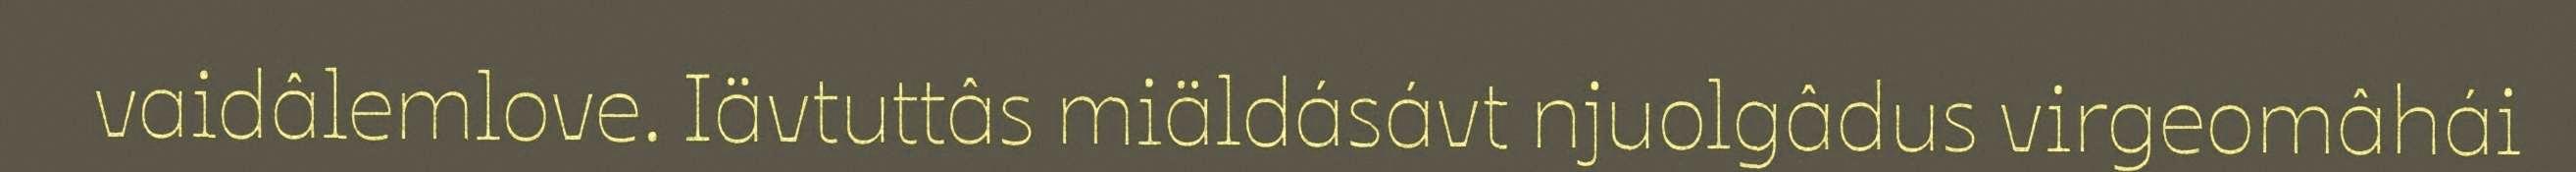
vaidâlemlove. Iävtuttâs miäldásávt njuolgâdus virgeomâhái